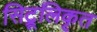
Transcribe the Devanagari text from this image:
सिट्रूलिकृत